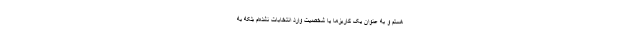
هستم و به عنوان یک کاریزما یا شخصیت وارد انتخابات نشده‌ام بلکه به